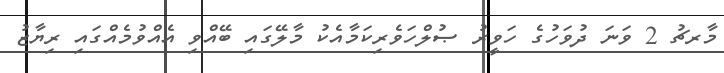
މާރޗު 2 ވަނަ ދުވަހުގެ ހަވީރު ޞުލްހަވެރިކަމާއެކު މާލޭގައި ބޭއްވި އެއްވުމެއްގައި ރިޔާޒު